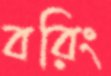
বরিং